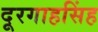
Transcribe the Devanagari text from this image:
दूरगाहसिंह